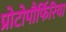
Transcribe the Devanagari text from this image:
प्रोटोपौर्फिरिया